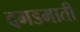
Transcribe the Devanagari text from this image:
दगडमाती